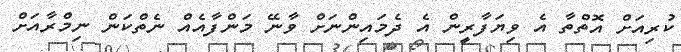
ކުރިއަށް އޮތްތާ އެ ވިޔަފާރީން އެ ދެމައިންނަށް ވާނޭ މަންފާއެއް ނެތްކަން ނިމްރާއަށް